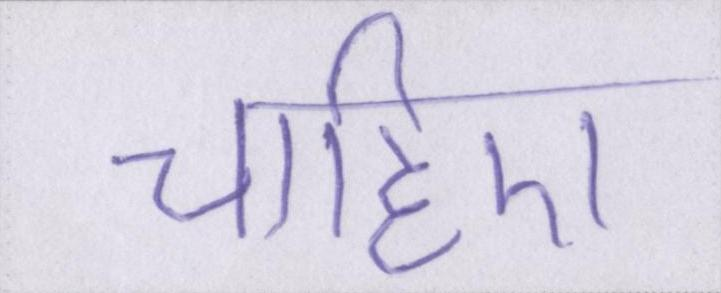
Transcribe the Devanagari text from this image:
चाहिए